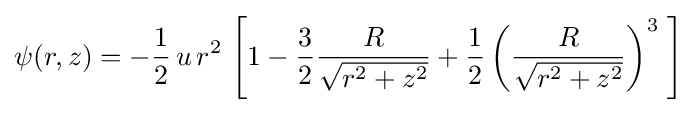
\psi (r,z)=-{\frac {1}{2}}\,u\,r^{2}\,\left[1-{\frac {3}{2}}{\frac {R}{\sqrt {r^{2}+z^{2}}}}+{\frac {1}{2}}\left({\frac {R}{\sqrt {r^{2}+z^{2}}}}\right)^{3}\;\right]